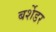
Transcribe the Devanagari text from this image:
बर्शेडर